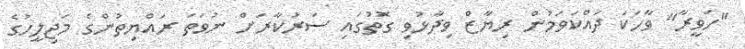
"ހަވީރާ" ވާހަކަ ދައްކަވަމުން ރިޔާޒް ވިދާޅުވި ގޮތުގައި ސަރުކާރަށް ނުވަތަ ރައްޔިތުންގެ މަޖިލީހުގެ